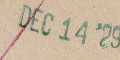
DEC 14 '29